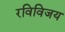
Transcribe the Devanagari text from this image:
रविविजय